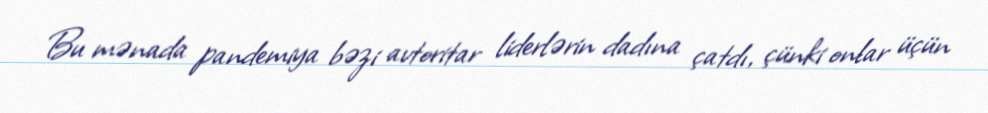
Bu mənada pandemiya bəzi avtoritar liderlərin dadına çatdı, çünki onlar üçün